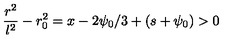
\frac { r ^ { 2 } } { l ^ { 2 } } - r _ { 0 } ^ { 2 } = x - 2 \psi _ { 0 } / 3 + ( s + \psi _ { 0 } ) > 0